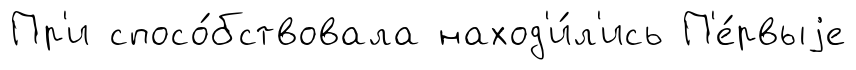
Пр'и спосо́бствовала наход'и́л'ись П'е́рвыjе